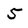
Character: 5